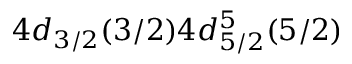
4 d _ { 3 / 2 } ( 3 / 2 ) 4 d _ { 5 / 2 } ^ { 5 } ( 5 / 2 )